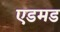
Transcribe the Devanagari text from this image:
एडमड